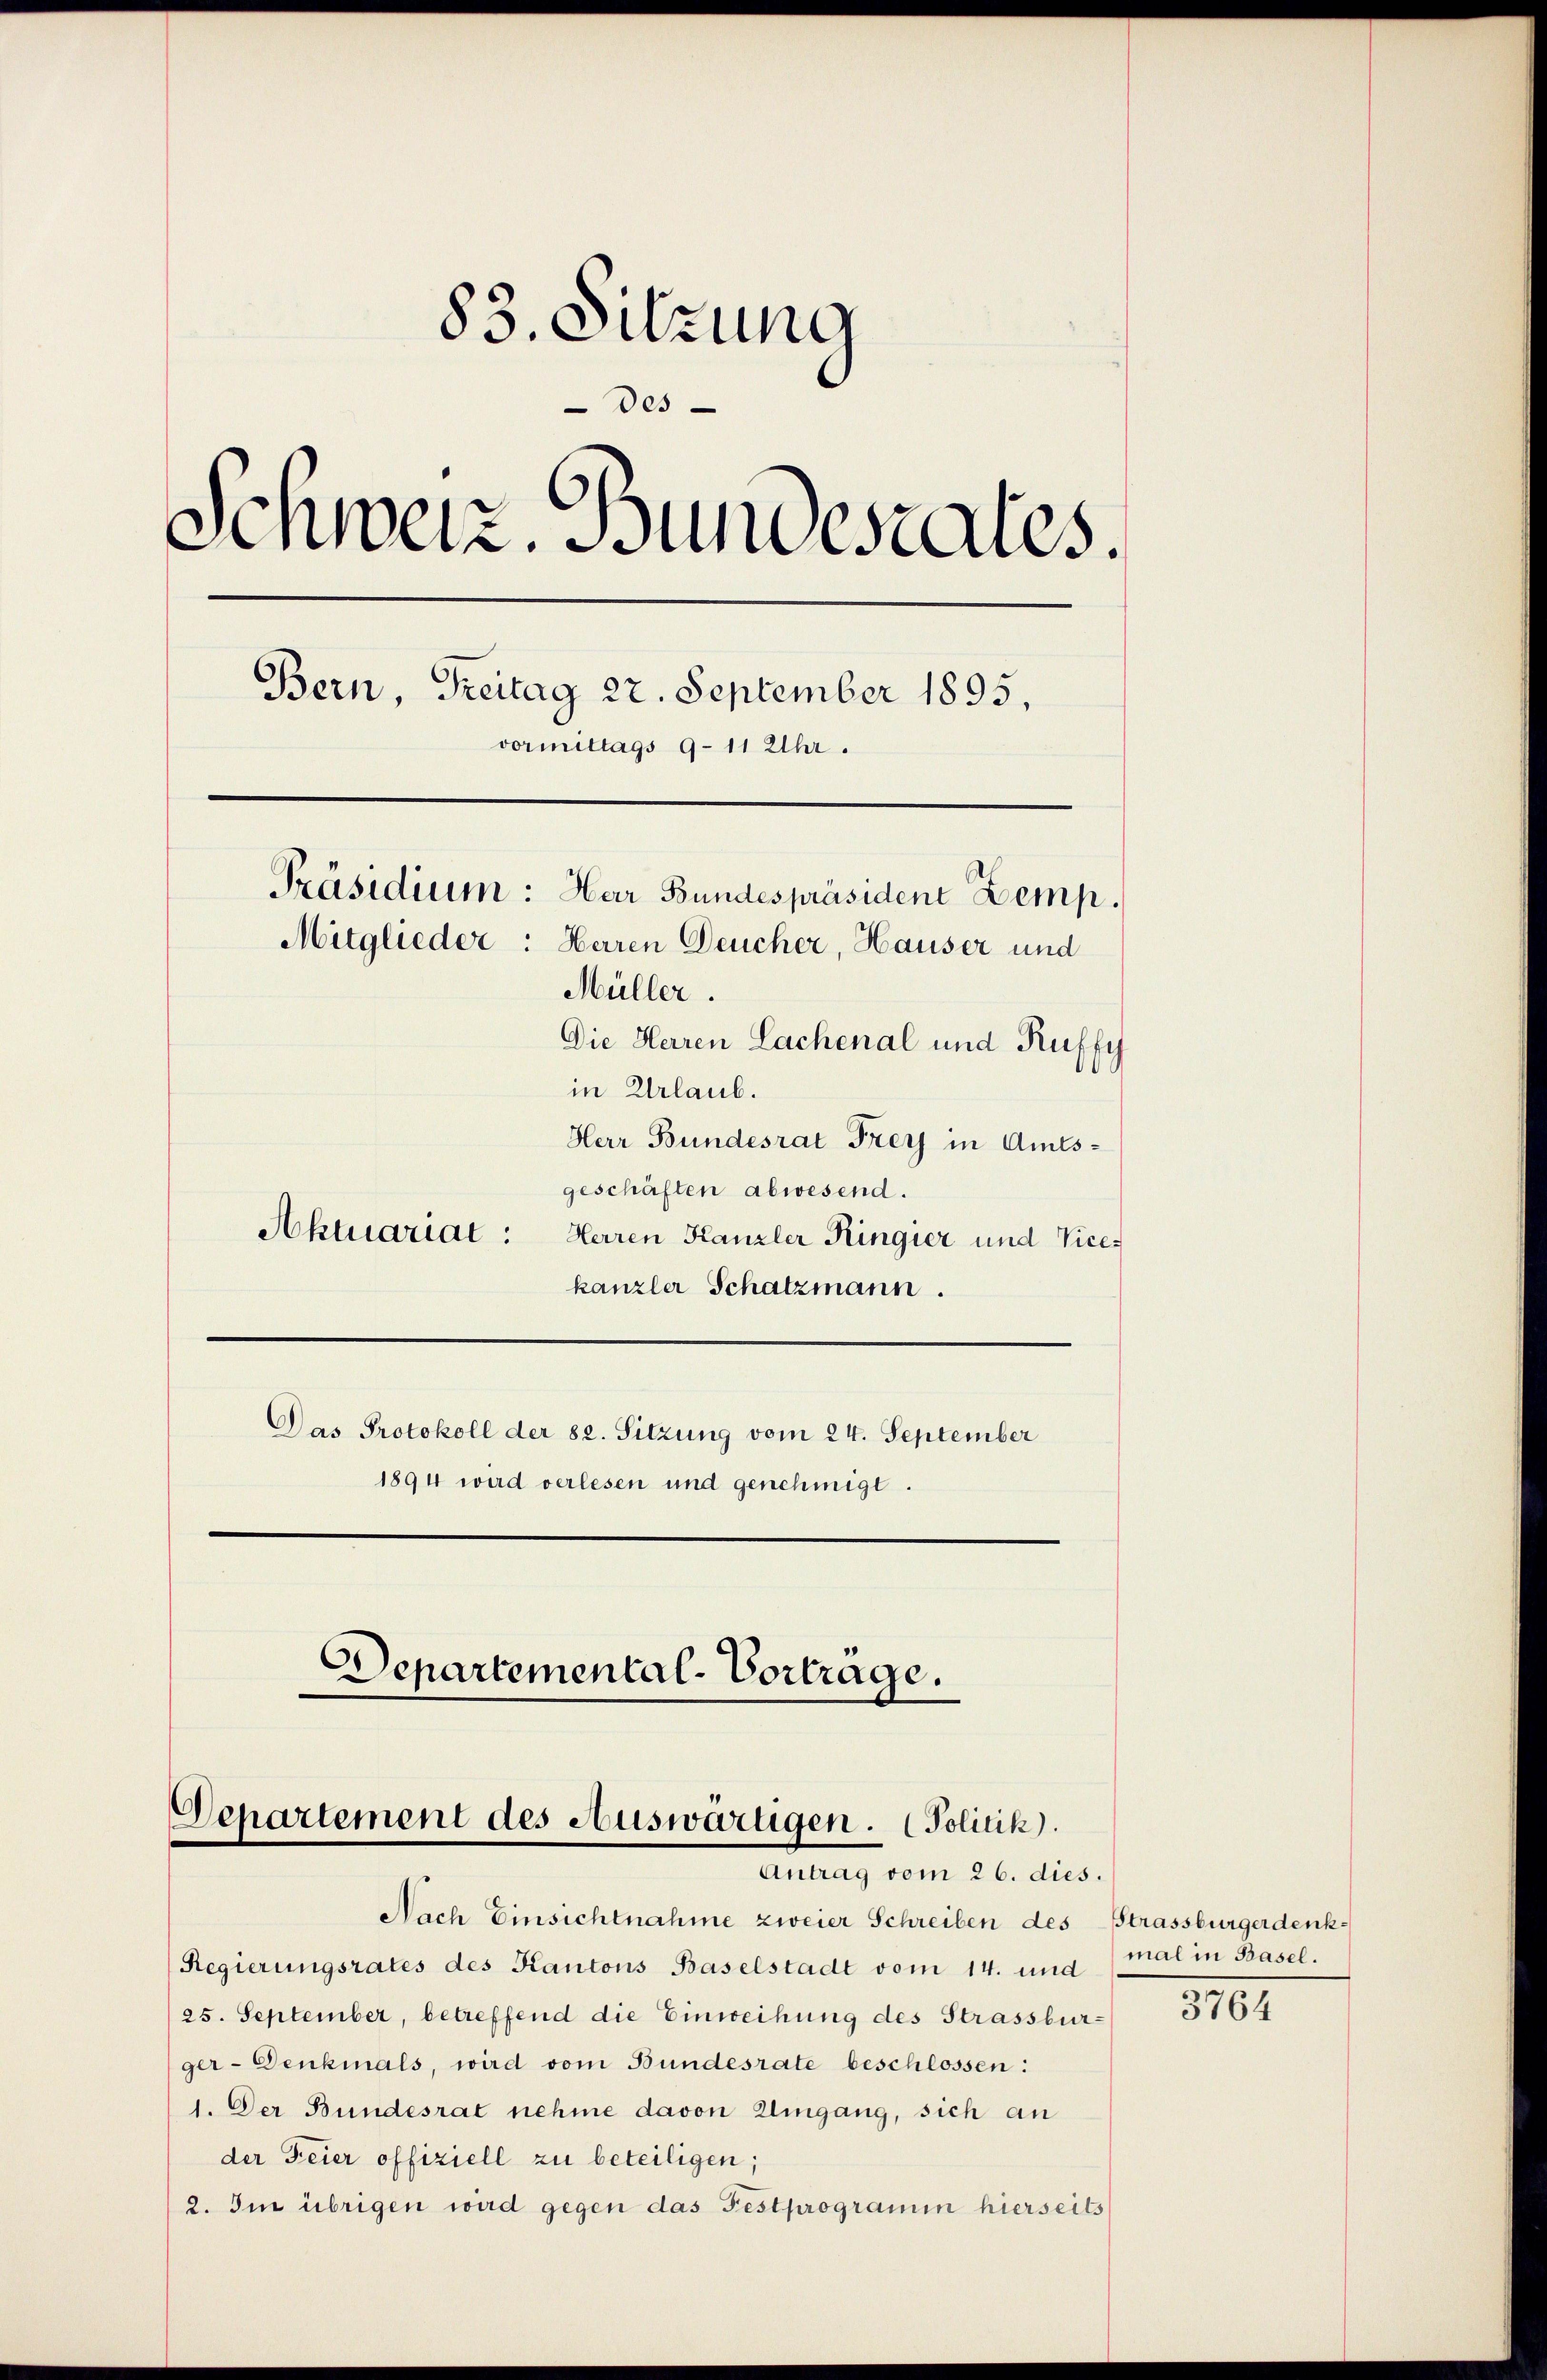
83. Sitzung
Des
Schweiz. Bundesrates.
vormittags 9-11 Uhr.
Präsidium: Har Bundespräsident Zemp.
Mitglieder: Herren Deucher, Hauser und
Müller.
Die Herren Lachenal und Ruffy
in Urlaub.
Herr Bundesrat Frey in Amts¬

geschäften abwesend.
Aktuariat: Herren Kanzler Ringier und Vicekanzler Schatzmann.
Das Protokoll der 82. Sitzung vom 24. September
1894 wird verlesen und genehmigt.

Bern, Treitag 22. September 1895,

Departemental-Vortrage.

Departement des Auswärtigen. (Politik).
Autung vom 26. dies

Nach Einsichtnahme zweier Schreiben des Strassburger denk¬
Regierungsrates des Kantons Baselstadt vom 14. und
25. September, betreffend die Einweihung des Strassburger-Denkmals, wird vom Bundesrate beschlossen:
1. Der Bundesrat nehme davon Eingang, sich an
der Feier offiziell zu beteiligen;
2. Im übrigen wird gegen das Festprogramin hierseits

mal in Basel.

3764